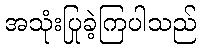
အသုံးပြုခဲ့ကြပါသည်